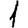
Digit: 1